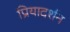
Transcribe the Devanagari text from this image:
प्रियादर्शन